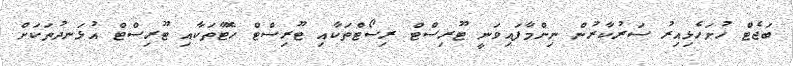
ބަޖެޓް ހުށަހެޅިއިރު ސަރުކާރުން ނިންމާފައިވަނީ ޓޫރިސްޓް ރިސޯޓްތަކާއި ޓޫރިސްޓް ހޮޓާތަކާއި ޓޫރިސްޓް އުޅަނދުތަކަށް